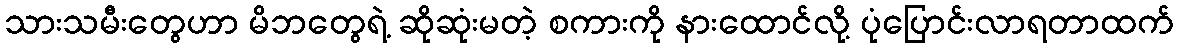
သားသမီးတွေဟာ မိဘတွေရဲ့ ဆိုဆုံးမတဲ့ စကားကို နားထောင်လို့ ပုံပြောင်းလာရတာထက်